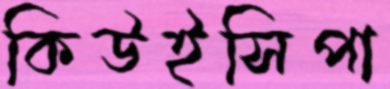
কিউইসিপা